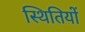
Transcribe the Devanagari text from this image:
स्‍थितियों